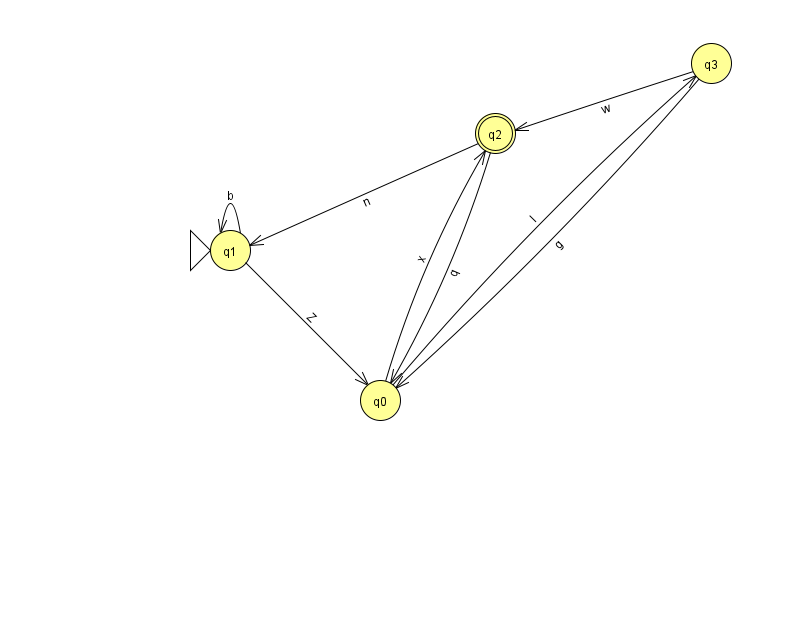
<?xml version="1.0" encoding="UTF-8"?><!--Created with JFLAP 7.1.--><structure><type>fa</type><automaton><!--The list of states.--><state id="0" name="q0"><x>380.0</x><y>387.0</y></state><state id="1" name="q1"><x>230.0</x><y>237.0</y><initial/></state><state id="2" name="q2"><x>495.0</x><y>120.0</y><final/></state><state id="3" name="q3"><x>711.0</x><y>50.0</y></state><!--The list of transitions.--><transition><from>1</from><to>1</to><read>b</read></transition><transition><from>2</from><to>0</to><read>q</read></transition><transition><from>0</from><to>3</to><read>I</read></transition><transition><from>3</from><to>0</to><read>g</read></transition><transition><from>1</from><to>0</to><read>Z</read></transition><transition><from>3</from><to>2</to><read>w</read></transition><transition><from>0</from><to>2</to><read>x</read></transition><transition><from>2</from><to>1</to><read>n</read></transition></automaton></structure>